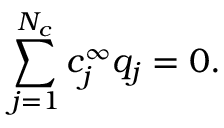
\sum _ { j = 1 } ^ { N _ { c } } c _ { j } ^ { \infty } q _ { j } = 0 .